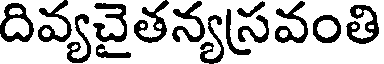
దివ్యచైతన్యస్రవంతి